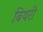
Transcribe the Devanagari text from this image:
बिथरी